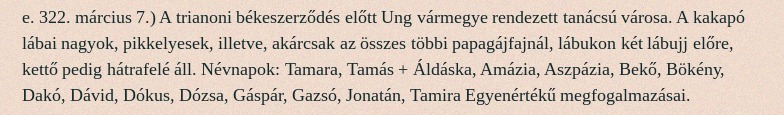
e. 322. március 7.) A trianoni békeszerződés előtt Ung vármegye rendezett tanácsú városa. A kakapó lábai nagyok, pikkelyesek, illetve, akárcsak az összes többi papagájfajnál, lábukon két lábujj előre, kettő pedig hátrafelé áll. Névnapok: Tamara, Tamás + Áldáska, Amázia, Aszpázia, Bekő, Bökény, Dakó, Dávid, Dókus, Dózsa, Gáspár, Gazsó, Jonatán, Tamira Egyenértékű megfogalmazásai.